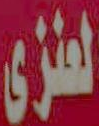
العنزي